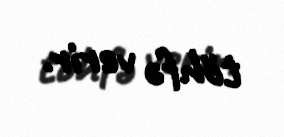
töhfə verir.